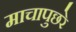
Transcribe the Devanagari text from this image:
माचापुछरे